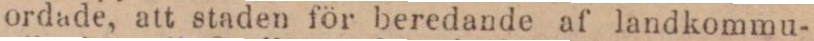
ordade, att staden för beredande af landkommu-